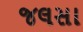
જલસા